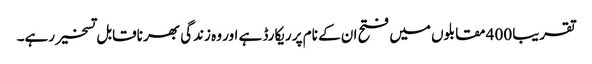
تقریبا 400 مقابلوں میں فتح ان کے نام پر ریکارڈ ہے اور وہ زندگی بھر ناقابل تسخیر رہے۔